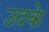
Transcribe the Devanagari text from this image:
उदके